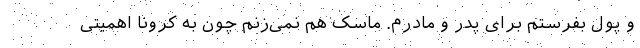
و پول بفرستم برای پدر و مادرم. ماسک هم نمی‌زنم چون به کرونا اهمیتی